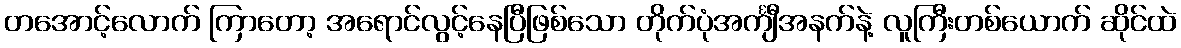
တအောင့်လောက် ကြာတော့ အရောင်လွင့်နေပြီဖြစ်သော တိုက်ပုံအင်္ကျီအနက်နဲ့ လူကြီးတစ်ယောက် ဆိုင်ထဲ